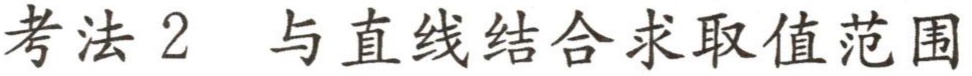
考法 2 与直线结合求取值范围